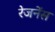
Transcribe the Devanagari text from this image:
रेजनेंस